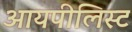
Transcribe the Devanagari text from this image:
आयपीलिस्ट